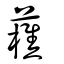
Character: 藮